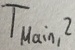
Text: TMain,2